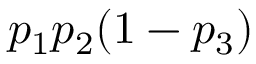
p _ { 1 } p _ { 2 } ( 1 - p _ { 3 } )